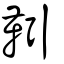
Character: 靷